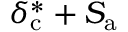
\delta _ { \mathrm { c } } ^ { * } + S _ { \mathrm { a } }